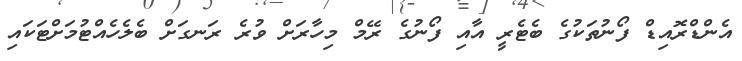
އެންޑްރޮއިޑް ފޯނުތަކުގެ ބެޓެރީ އާއި ފޯނުގެ ރޭމް މިހާރަށް ވުރެ ރަނގަށް ބެލެހެއްޓުމަށްޓަކައި